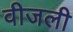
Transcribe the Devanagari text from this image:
वीजली